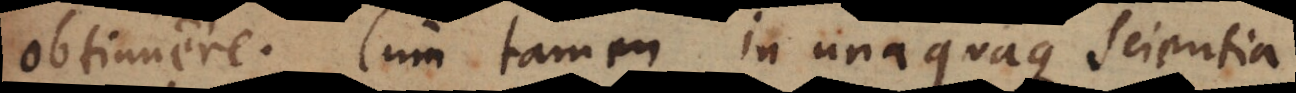
obtinuere. Cum tamen in unaquaque scientia